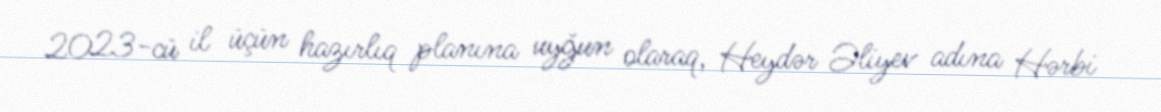
2023-cü il üçün hazırlıq planına uyğun olaraq, Heydər Əliyev adına Hərbi